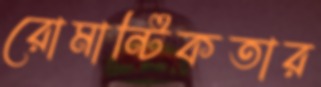
রোমান্টিকতার